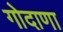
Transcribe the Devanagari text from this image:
गोदाणा